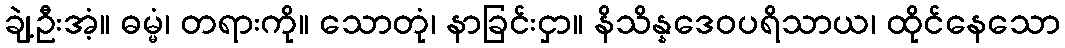
ချဲ့ဦးအံ့။ ဓမ္မံ၊ တရားကို။ သောတုံ၊ နာခြင်းငှာ။ နိသိန္နဒေဝပရိသာယ၊ ထိုင်နေသော